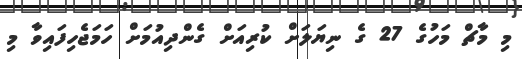
މި މާޗް މަހުގެ 27 ގެ ނިޔަލަށް ކުރިއަށް ގެންދިއުމަށް ހަމަޖެހިފައިވާ މި